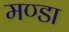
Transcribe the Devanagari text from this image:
मण्डा